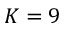
K = 9